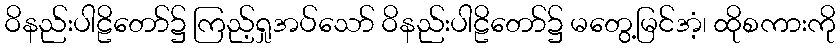
ဝိနည်းပါဠိတော်၌ ကြည့်ရှုအပ်သော် ဝိနည်းပါဠိတော်၌ မတွေ့မြင်အံ့၊ ထိုစကားကို